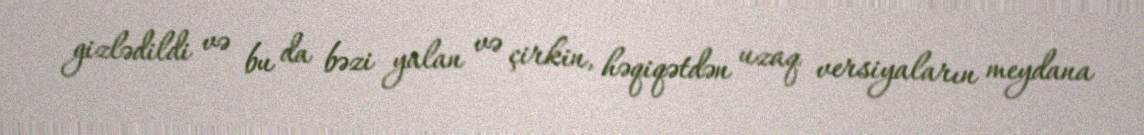
gizlədildi və bu da bəzi yalan və çirkin, həqiqətdən uzaq versiyaların meydana